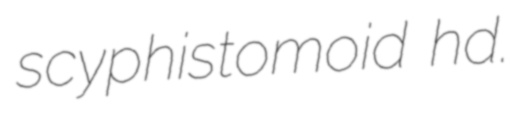
scyphistomoid hd.